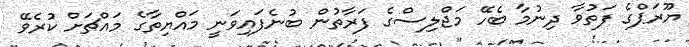
ޔޫރަޕްގެ ފަތުވާ ދިނުމާ ބެހޭ މަޖްލިސްގެ ފަރާތުން ބުނެފައިވަނީ މައްޔިތާގެ މައްޗަށް ކުރެވޭ